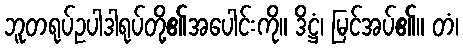
ဘူတရုပ်ဥပါဒါရုပ်တို့၏အပေါင်းကို။ ဒိဋ္ဌံ၊ မြင်အပ်၏။ တံ၊